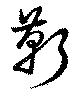
靳